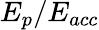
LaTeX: E_{p}/E_{acc}